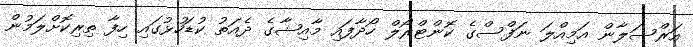
އަރްސަލާން އަމިއްލަ ނަފްސްގެ ކޮންޓްރޯލް ހޯދާފައި މާއިޝާގެ ދެއަތު ކުޑަހުޅުގައި ހިފާ ތިރިކޮށްލަމުން